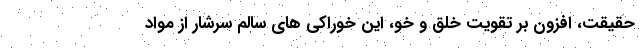
حقیقت، افزون بر تقویت خلق و خو، این خوراکی های سالم سرشار از مواد